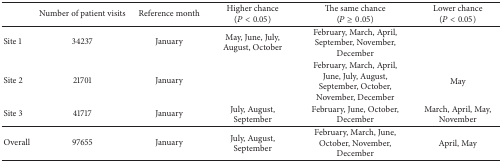
<table><thead><tr><td><b> </b></td><td><b>Number of patient visits</b></td><td><b>Reference month</b></td><td><b>Higher chance(<i>P</i> &lt; 0.05)</b></td><td><b>The same chance(<i>P</i> ≥ 0.05)</b></td><td><b>Lower chance(<i>P</i> &lt; 0.05)</b></td></tr></thead><tbody><tr><td>Site 1</td><td>34237</td><td>January</td><td>May, June, July, August, October </td><td>February, March, April, September, November, December</td><td> </td></tr><tr><td>Site 2</td><td>21701</td><td>January</td><td> </td><td>February, March, April, June, July, August, September, October, November, December</td><td>May</td></tr><tr><td>Site 3</td><td>41717</td><td>January</td><td>July, August, September</td><td>February, June, October, December</td><td>March, April, May, November</td></tr><tr><td>Overall</td><td>97655</td><td>January</td><td>July, August, September</td><td>February, March, June, October, November, December</td><td>April, May</td></tr></tbody></table>